Vital statistics of India. Vol. IV, Annual returns from 1871 to 1876. British Army of India, Native Army and jails of Bengal
Year: 1871
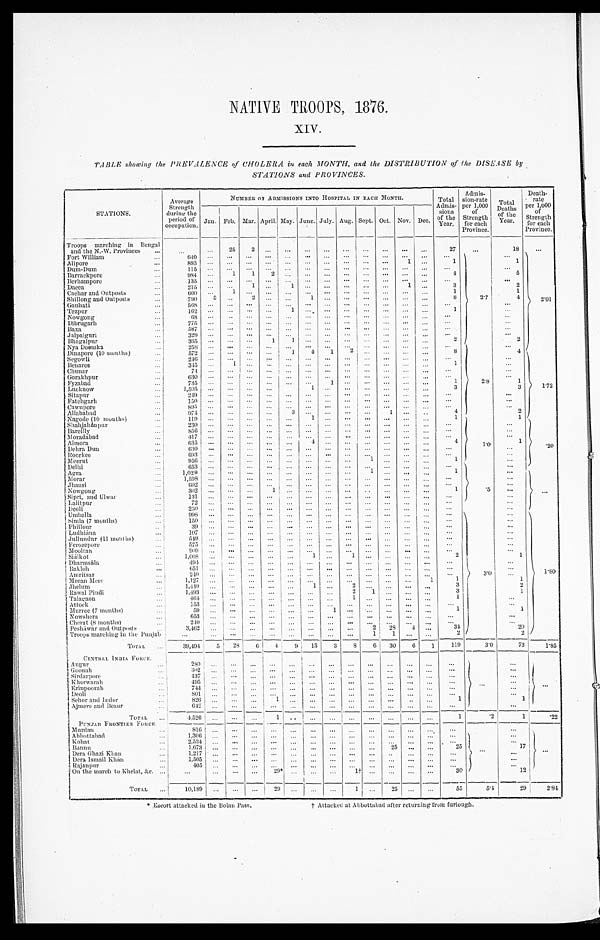
NATIVE TROOPS, 1876.
XIV.
TABLE showing the PREVALENCE of CHOLERA in. each MONTH, and the DISTRIBUTION of the DISEASE by
STATIONS and PROVINCES.
STATIONS.
Average
Strength
during the
period of
occupation.
NUMBER OF ADMISSIONS INTO HOSPITAL. IN EACH MONTH.
Total Admis-
sions
o f t h e
Year.
Admis-
s i o n - r a t e
per 1,000
of
Strength
for each
Province.
Total
Deaths '
of the
Year.
Deat h- r a t e
p e r 1 , 0 0 0
o f
S t r e n g t h
f o r e a c h
P r o v i n c e .
Jan. Feb. Mar. April. May. June. July. Aug. Sept. Oct. Nov. Dec.
Troops marching in Bengal
and the N.-W. Provinces
25 2
27
18
Fort William
6 4 0
2 . 7
2 . 0 1
Alipore
893
1
1
1
Dum-Dum
115
Barrackpore
984
1 1 2
4
5
Berhampore
135
Dacca
2 1 5
1
1
1
3
2
Cachar and Outposts
6 0 0 1
1
1
Shillong and Outposts
790 5
2
1
8
4
Gauhati
568
Tezpur
162
1
1
Nowgong
6 8
Dibrugarh
775
Baxa
587
Jalpaiguri
329
Bhagalpur
365
1 1
2
2
Nya Doomka
258
Dinapore (10 months)
572
1 4 1
2
8
2.8
4
1. 72
Segowli
246
Benares
345
1
1
Chunar
74
Gorakhpur
6 3 0
Fyzabad
735
1
3
3
Lucknow
1,505
1
3
3
Sitapur
249
Fatehgarh
150
Cawnpore
895
Allahabad
974
3
1
4
2
Nagode (10 months)
119
1
1
1.0
1
Shahjahánpur
230
. 20
Bareilly
856
Moradabad
417
Almora
6 3 5
4
4
1
Dehra Dun
6 3 0
Roorkee
6 9 3
Meerut
9 5 6
1
1
Delhi
6 5 3
.5
Agra
1 , 0 2 9
1
1
Morar
1,598
Jhansi
602
Nowgong
302
1
1
Sipri, and Ulwar
131
Lalitpur
72
Deoli
250
Umballa
998
3 . 0
1.80
Simla (7 months)
150
Phillour
39
Ludhiana
107
Jullundur (11 months)
549
Ferozepore
575
Mooltan
909
Siálkot
1,008
1
1
2
1
Dharinsála
494
Bakloh
651
Amritsar
Meean Meer
1,127
1
1
1
Jhelum
1,440
1
2
3
2
R a w a l P i n d i
1 , 4 9 3
2
1
3
1
Talagaon
464
1
1
Attock
153
Murree (7 months)
59
1
1
Nowshera
653
Cherat (8 months)
240
Pesháwar and Outposts
3,462
2 28
4
34
20
Troops marching in the Punjab
3,462
1
1
2
2
TOTAL
39,494 5 28
6 4 9 13 3
8
6 30 6 1 119
3.0
73
1.85
C E N T R A L I N D I A F O R C E
A u g u r
2 8 0
Goonah
3 0 2
Sirdarpore
4 3 7
Kherwarah
495
—
Erinpoorah
744
Deoli
801
Sehor and Indor
826
1
1
1
Ajmere and Beaur
642
T O T A L
P U N J A B F R O N T I E R F O R C E 4 , 5 2 6
1
1
. 2 1
. 2 2
Murdan
816
Abbottabad
1,306
Kohat
2,534
Bannu
1,673
25
2 5
1 7
Dera. Ghazi Khan
1,217
Dera Ismail Khan
1,505
Rajanpur
4 0 5
On the march to Khelat, &c.
2 9 *
1 †
3 0
TOTAL
10,189
29
1
25
55 5.4
29
2.84
*,Escort attacked in the Bolan Pass.
† Attacked at Abbottabad after returning from furlough.